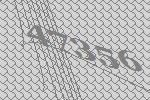
47356